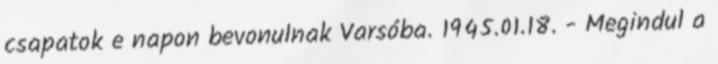
csapatok e napon bevonulnak Varsóba. 1945.01.18. - Megindul a